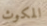
المكوث